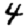
Digit: 4